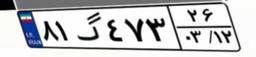
۸۱گ۴۷۳۲۶